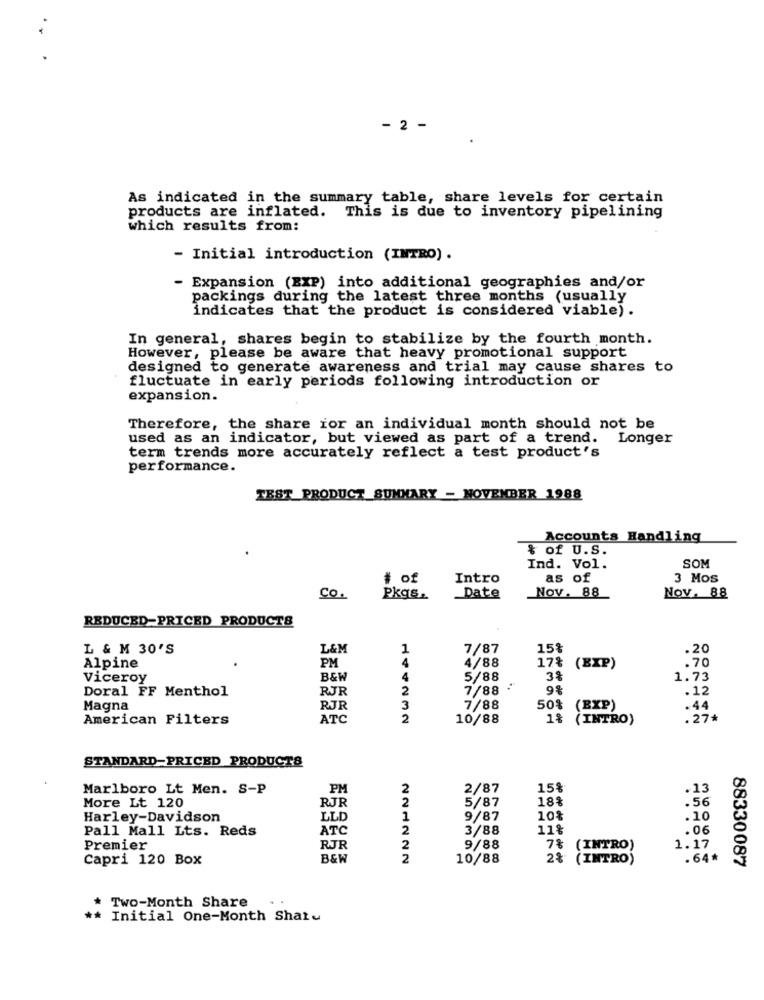
- 2 -
As indicated in the summary table, share levels for certain
products are inflated. This is due to inventory pipelining
which results from:
- Initial introduction (INTRO) .
- Expansion (EXP) into additional geographies and/or
packings during the latest three months (usually
indicates that the product is considered viable).
In general, shares begin to stabilize by the fourth month.
However, please be aware that heavy promotional support
designed to generate awareness and trial may cause shares to
fluctuate in early periods following introduction or
expansion.
Therefore, the share for an individual month should not be
used as an indicator, but viewed as part of a trend. Longer
term trends more accurately reflect a test product's
performance.
TEST PRODUCT_SUMMARY - NOVEMBER 1988
Accounts Handling
% of U.S.
SOM
Ind. Vol.
# of
Intro
as of
3 Mos
Nov. 88
Co.
Pkgs.
Date
Nov. 88
REDUCED-PRICED PRODUCTS
L & M 30'S
L&M
1
7/87
15%
.20
PM
4
4/88
17%
(EXP)
.70
Alpine
Viceroy
B&W
4
5/88
38
1.73
Doral FF Menthol
RJR
2
7/88
9%
.12
Magna
RJR
3
7/88
50%
(EXP)
.44
American Filters
ATC
2
10/88
18
(INTRO)
. 27*
STANDARD-PRICED PRODUCTS
Marlboro Lt Men. S-P
PM
2
2/87
15%
. 13
More Lt 120
RJR
2
5/87
18%
.56
Harley-Davidson
LLD
1
9/87
10%
.10
Pall Mall Lts. Reds
ATC
2
3/88
11%
.06
Premier
RJR
2
9/88
(INTRO)
1.17
Capri 120 Box
B&W
2
10/88
2% (INTRO)
.64*
88330087
* Two-Month Share
** Initial One-Month Shatu